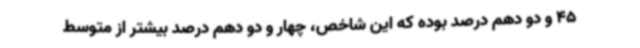
45 و دو دهم درصد بوده که این شاخص، چهار و دو دهم درصد بیشتر از متوسط